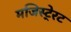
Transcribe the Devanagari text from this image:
मजिस्टे्रट